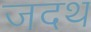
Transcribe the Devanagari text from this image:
जदथ